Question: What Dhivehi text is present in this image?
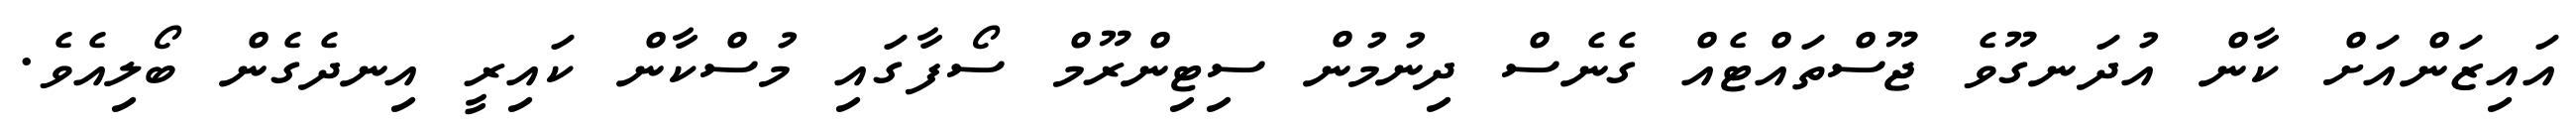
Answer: އައިޒަންއަށް ކާން އުދަނގޫވެ ޖޫސްތައްޓެއް ގެނެސް ދިނުމުން ސިޓިންރޫމް ސޯފާގައި މުސްކާން ކައިރީ އިނދެގެން ބޯލިއެވެ.